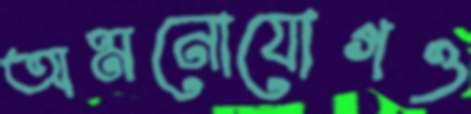
অমনোযোগও